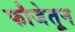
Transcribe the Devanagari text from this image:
फौजेतून